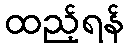
ထည့်ရန်